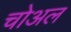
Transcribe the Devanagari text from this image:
चोअल